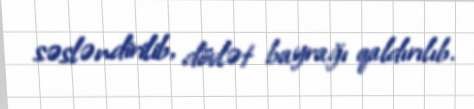
səsləndirilib, dövlət bayrağı qaldırılıb.